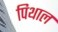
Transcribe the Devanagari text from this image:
पिथाल